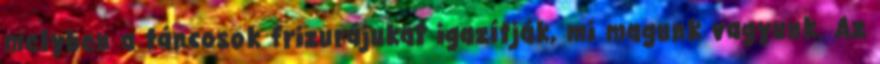
melyben a táncosok frizurájukat igazítják, mi magunk vagyunk. Az